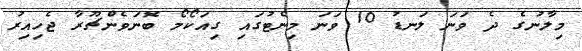
މިލާނުގެ ދެ ވަނަ ލަނޑު 10 ވަނަ މިނެޓުގައި ގިއަކޯމޯ ބޮނަވެންޗޫރާ ޖެހިއިރު